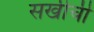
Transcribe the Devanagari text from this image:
सखीची